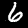
Digit: 6